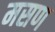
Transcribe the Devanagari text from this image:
मसण